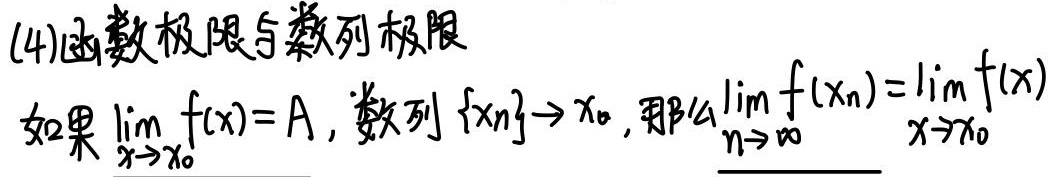
(4)函数极限与数列极限：如果\(\lim_{x \to x_{0}} f(x)=A\)，数列\(\{x_{n}\}\)满足\(x_{n}\to x_{0}\)，那么\(\lim_{n \to \infty} f(x_{n})=\lim_{x \to x_{0}} f(x)\)